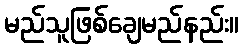
မည်သူဖြစ်ချေမည်နည်း။